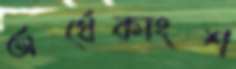
অর্ধেকাংশ